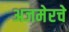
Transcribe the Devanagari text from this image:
अजमेरचे